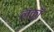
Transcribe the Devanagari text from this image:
लंकाँ